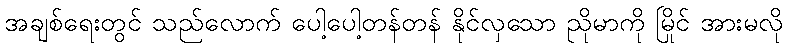
အချစ်ရေးတွင် သည်လောက် ပေါ့ပေါ့တန်တန် နိုင်လှသော ညိုမာကို မြိုင် အားမလို